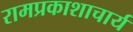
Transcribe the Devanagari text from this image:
रामप्रकाशाचार्य